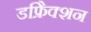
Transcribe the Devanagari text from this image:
डफ्रैिक्शन